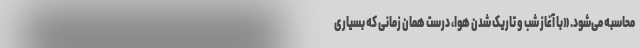
محاسبه می‌شود. «با آغاز شب و تاریک شدن هوا، درست همان زمانی که بسیاری